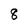
Character: 8